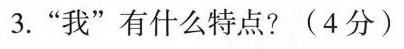
3.”我”有什么特点？(4分)